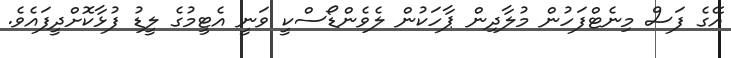
އޭގެ ފަސް މިނެޓްފަހުން މުލާދިން ޕާހަކުން ލެވެންޑޯސްކީ ވަނީ އެޓީމުގެ ލީޑު ފުޅާކޮށްދީފައެވެ.